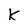
Character: K